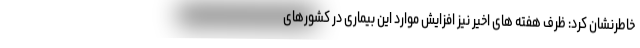
خاطرنشان کرد: ظرف هفته های اخیر نیز افزایش موارد این بیماری در کشورهای